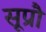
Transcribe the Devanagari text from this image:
सूप्रौ